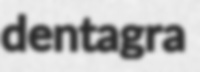
dentagra